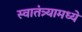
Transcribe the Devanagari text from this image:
स्वातंत्र्यामध्ये